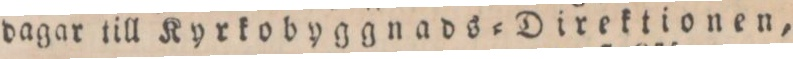
dagar till Kyrkobyggnads=Direktionen,